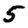
Digit: 5